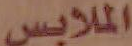
الملابس